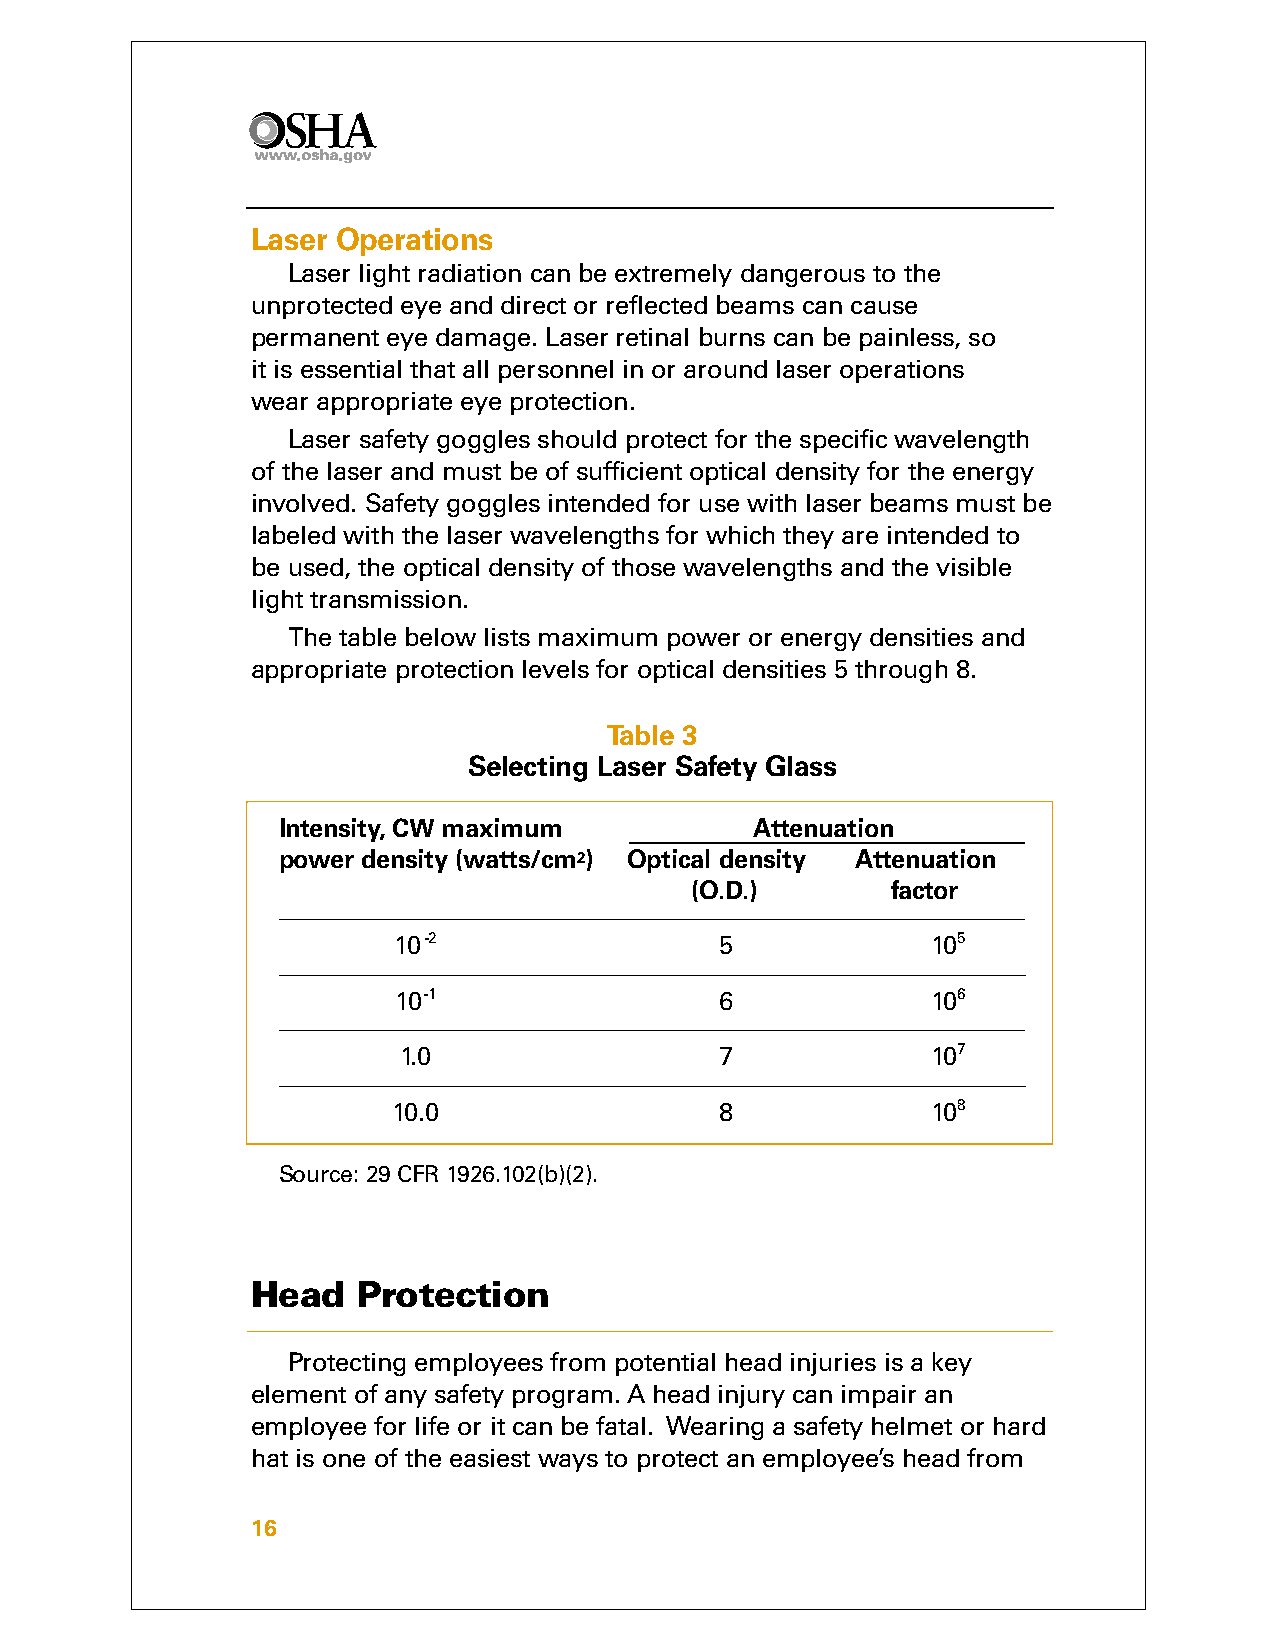
Laser Operations
 Laser light radiation can be extremely dangerous to the
 unprotected eye and direct or reflected beams can cause
 permanent eye damage. Laser retinal burns can be painless, so
 it is essential that all personnel in or around laser operations
 wear appropriate eye protection.
 Laser safety goggles should protect for the specific wavelength
 of the laser and must be of sufficient optical density for the energy
 involved. Safety goggles intended for use with laser beams must be
 labeled with the laser wavelengths for which they are intended to
 be used, the optical density of those wavelengths and the visible
 light transmission.
 The table below lists maximum power or energy densities and
 appropriate protection levels for optical densities 5 through 8.
 Table 3
 Selecting Laser Safety Glass
 Intensity, CW maximum           Attenuation
 power density (watts/cm2) Optical density Attenuation
 (O.D.)       factor
 10-2                  5             105
 10-1                  6             106
 1.0                   7             107
 10.0                  8             108
 Source: 29 CFR 1926.102(b)(2).
 Head   Protection
 Protecting employees from potential head injuries is a key
 element of any safety program. A head injury can impair an
 employee for life or it can be fatal. Wearing a safety helmet or hard
 hat is one of the easiest ways to protect an employee’s head from
 16